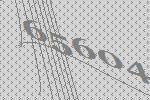
65604